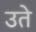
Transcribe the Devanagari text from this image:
उते